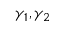
\gamma _ { 1 } , \gamma _ { 2 }